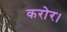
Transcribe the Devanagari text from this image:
करोर।